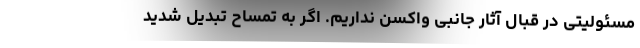
مسئولیتی در قبال آثار جانبی واکسن نداریم. اگر به تمساح تبدیل شدید